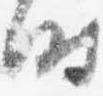
時